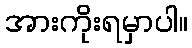
အားကိုးရမှာပါ။